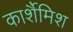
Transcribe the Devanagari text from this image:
कार्शैमिश